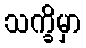
သက္ခိမှာ